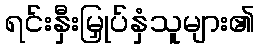
ရင်းနှီးမြှုပ်နှံသူများ၏